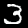
Label: 3